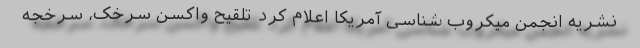
نشریه انجمن میکروب شناسی آمریکا اعلام کرد تلقیح واکسن سرخک، سرخجه